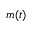
m ( t )